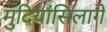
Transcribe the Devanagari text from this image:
मुदियांसिलागे